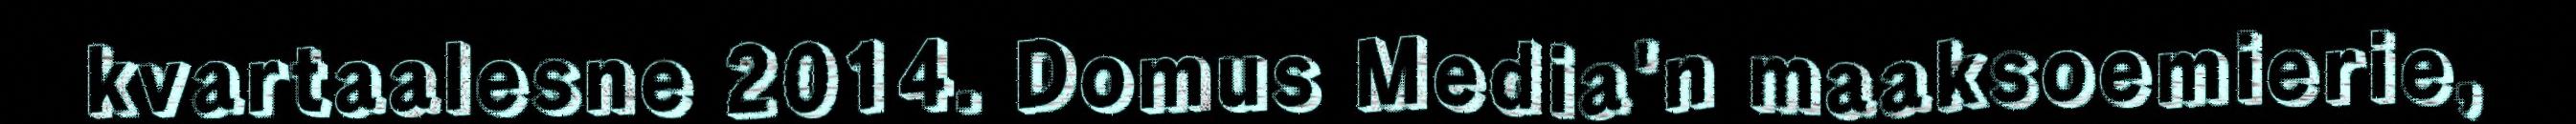
kvartaalesne 2014. Domus Media'n maaksoemierie,